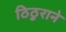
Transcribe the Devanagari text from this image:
ठिठुराने